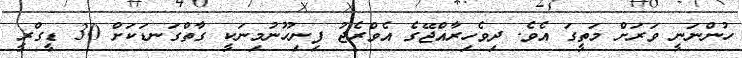
ހުންނަނީ ވަރަށް މަތީގަ އެވެ. ދިވެހިރާއްޖޭގެ އެވްރެޖު ފިނިހޫނުމިނަކީ ގާތްގަނޑަކަށް 30 ޑީގްރީ